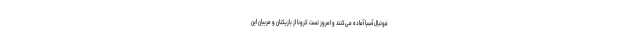
فوتبال آسیا آماده می‌کنند و امروز تست کرونا از بازیکنان و مربیان این